Report on vaccination in the Province of Bengal - 1869-1873
Year: 1869
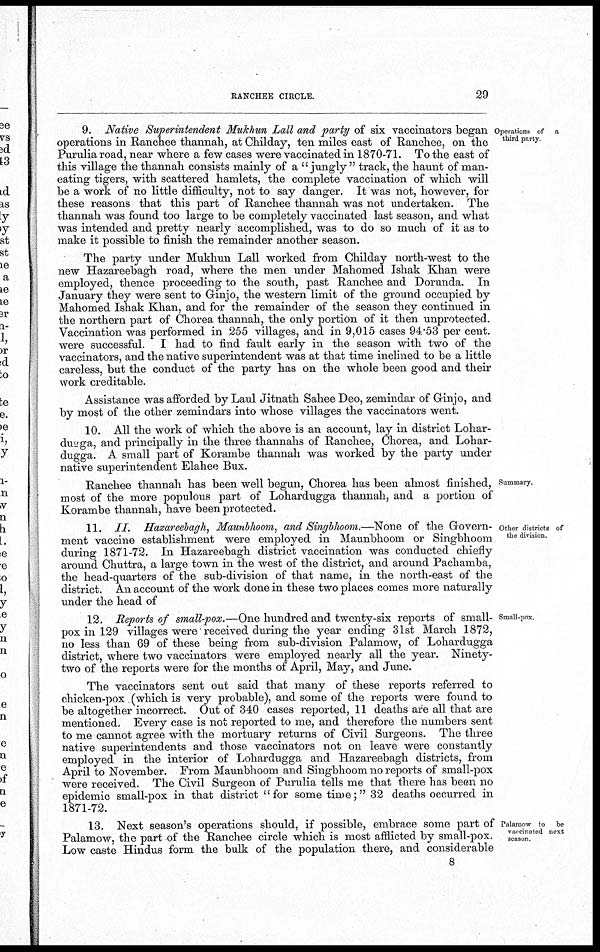
RANCHEE CIRCLE.
29
Operations of a
third party.
9. Native Superintendent Mukhun Lall and party of six vaccinators began
operations in Ranchee thannah, at Childay, ten miles east of Ranchee, on the
Purulia road, near where a few cases were vaccinated in 1870-71. To the east of
this village the thannah consists mainly of a "jungly" track, the haunt of man-
eating tigers, with scattered hamlets, the complete vaccination of which will
be a work of no little difficulty, not to say danger. It was not, however, for
these reasons that this part of Ranchee thannah was not undertaken. The
thannah was found too large to be completely vaccinated last season, and what
was intended and pretty nearly accomplished, was to do so much of it as to
make it possible to finish the remainder another season.
The party under Mukhun Lall worked from Childay north-west to the
new Hazareebagh road, where the men under Mahomed Ishak Khan were
employed, thence proceeding to the south, past Ranchee and Dorunda. In
January they were sent to Ginjo, the western limit of the ground occupied by
Mahomed Ishak Khan, and for the remainder of the season they continued in
the northern part of Chorea thannah, the only portion of it then unprotected.
Vaccination was performed in 255 villages, and in 9,015 cases 94.53 per cent.
were successful. I had to find fault early in the season with two of the
vaccinators, and the native superintendent was at that time inclined to be a little
careless, but the conduct of the party has on the whole been good and their
work creditable.
Assistance was afforded by Laul Jitnath Sahee Deo, zemindar of Ginjo, and
by most of the other zemindars into whose villages the vaccinators went.
10. All the work of which the above is an account, lay in district Lohar-
dugga, and principally in the three thannahs of Ranchee, Chorea, and Lohar-
dugga. A small part of Korambe thannah was worked by the party under
native superintendent Elahee Bux.
Summary.
Ranchee thannah has been well begun, Chorea has been almost finished,
most of the more populous part of Lohardugga thannah, and a portion of
Korambe thannah, have been protected.
Other districts of
the division.
11. II. Hazareebagh, Maunbhoom, and Singbhoom.—None of the Govern-
ment vaccine establishment were employed in Maunbhoom or Singbhoom
during 1871-72. In Hazareebagh district vaccination was conducted chiefly
around Chuttra, a large town in the west of the district, and around Pachamba,
the head-quarters of the sub-division of that name, in the north-east of the
district. An account of the work done in these two places comes more naturally
under the head of
Small-pox.
12. Reports of small-pox.—One hundred and twenty-six reports of small-
pox in 129 villages were received during the year ending 31st March 1872,
no less than 69 of these being from sub-division Palamow, of Lohardugga
district, where two vaccinators were employed nearly all the year. Ninety-
two of the reports were for the months of April, May, and June.
The vaccinators sent out said that many of these reports referred to
chicken-pox (which is very probable), and some of the reports were found to
be altogether incorrect. Out of 340 cases reported, 11 deaths are all that are
mentioned. Every case is not reported to me, and therefore the numbers sent
to me cannot agree with the mortuary returns of Civil Surgeons. The three
native superintendents and those vaccinators not on leave were constantly
employed in the interior of Lohardugga and Hazareebagh districts, from
April to November. From Maunbhoom and Singbhoom no reports of small-pox
were received. The Civil Surgeon of Purulia tells me that there has been no
epidemic small-pox in that district "for some time;" 32 deaths occurred in
1871-72.
Palamow to be
vaccinated next
season
13. Next season's operations should, if possible, embrace some part of
Palamow, the part of the Ranchee circle which is most afflicted by small-pox.
Low caste Hindus form the bulk of the population there, and considerable
8